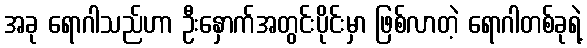
အခု ရောဂါသည်ဟာ ဦးနှောက်အတွင်းပိုင်းမှာ ဖြစ်လာတဲ့ ရောဂါတစ်ခုရဲ့